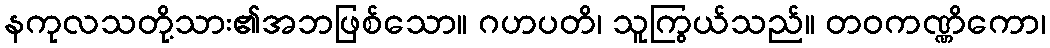
နကုလသတို့သား၏အဘဖြစ်သော။ ဂဟပတိ၊ သူကြွယ်သည်။ တဝကဏ္ဏိကော၊